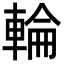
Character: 輪